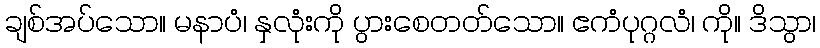
ချစ်အပ်သော။ မနာပံ၊ နှလုံးကို ပွားစေတတ်သော။ ဧကံပုဂ္ဂလံ၊ ကို။ ဒိသွာ၊